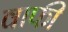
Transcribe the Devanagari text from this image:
वाफी